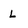
Character: l